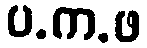
ပ.က.ဖ